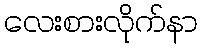
လေးစားလိုက်နာ